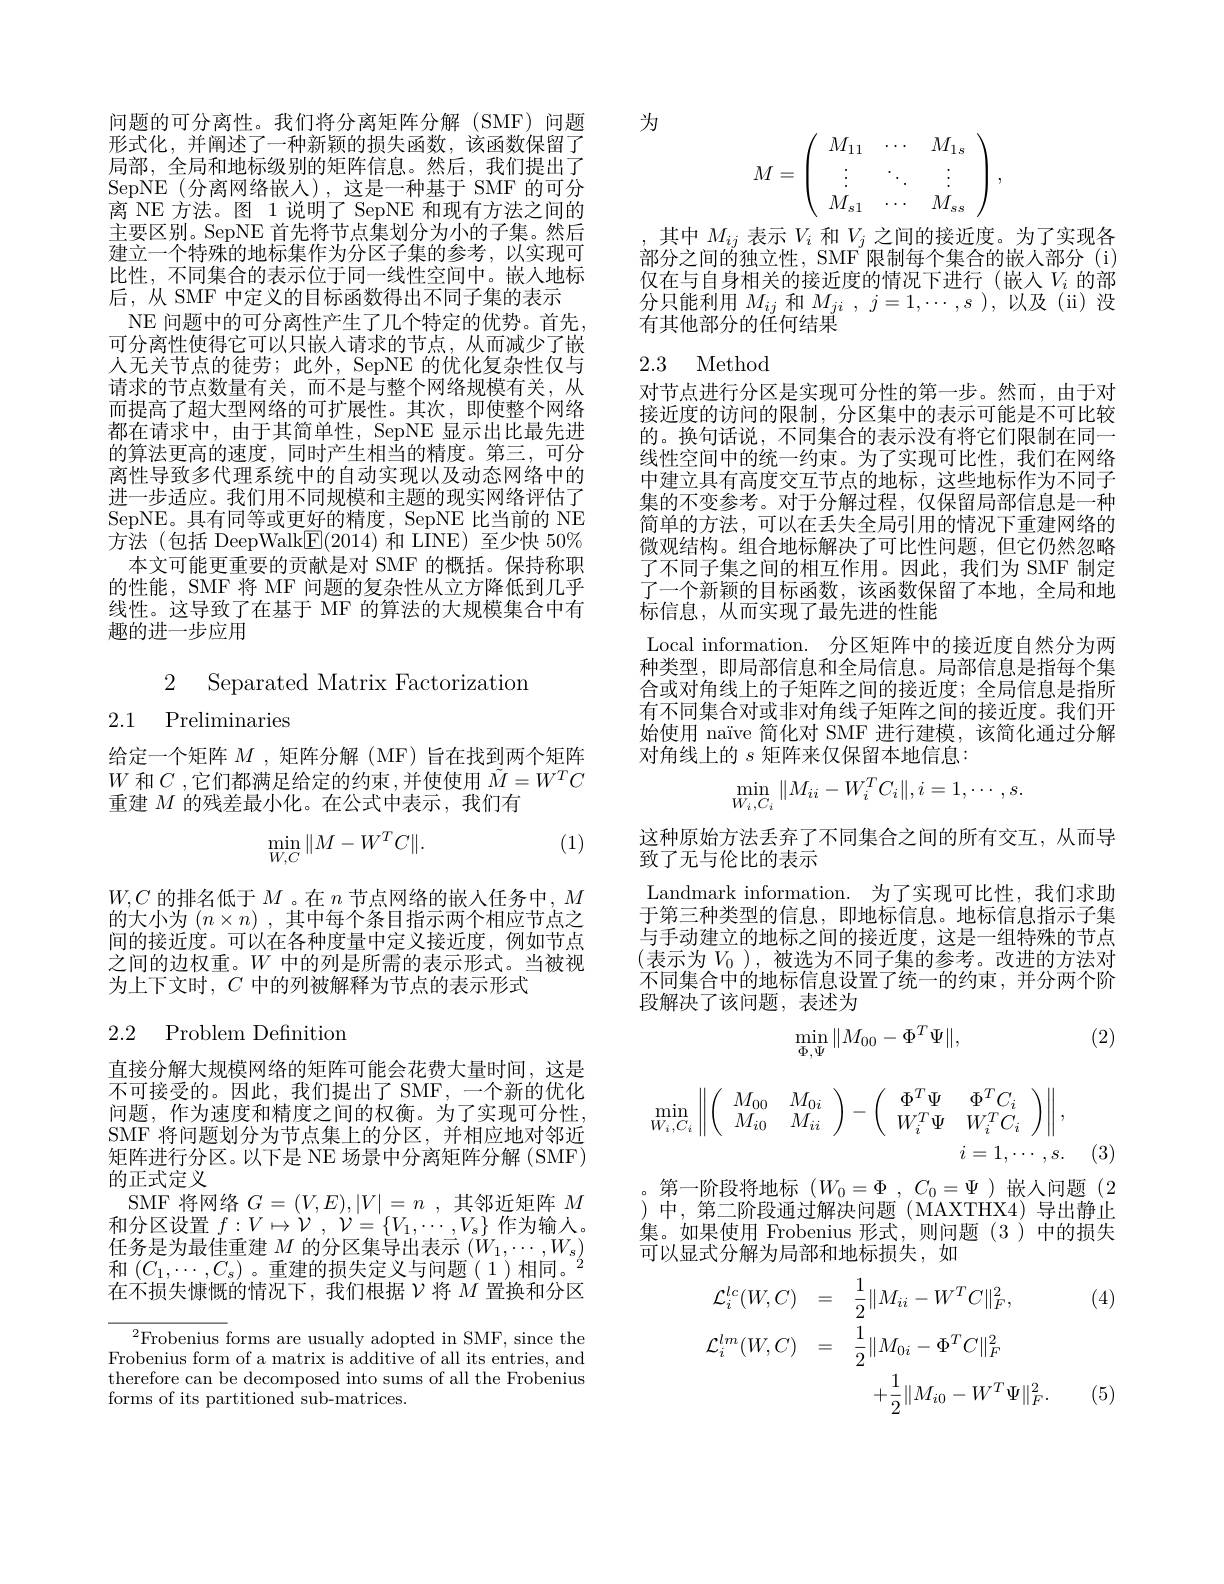
形式化，并阐述了一种新颖的损失函数，该函数保留了局部，全局和地标级别的矩阵信息。然后，我们提出了SepNE(分离网络嵌入),这是一种基于 SMF 的可分离 NE 方法。图 1 说明了 SepNE 和现有方法之间的主要区别。SepNE 首先将节点集划分为小的子集。然后建立一个特殊的地标集作为分区子集的参考，以实现可比性，不同集合的表示位于同一线性空间中。嵌人地标后，从 SMF 中定义的目标函数得出不同子集的表示
NE 问题中的可分离性产生了几个特定的优势。首先， 可分离性使得它可以只嵌入请求的节点，从而减少了嵌人无关节点的徒劳；此外，SepNE 的优化复杂性仅与请求的节点数量有关，而不是与整个网络规模有关，从而提高了超大型网络的可扩展性。其次，即使整个网络都在请求中，由于其简单性，SepNE 显示出比最先进的算法更高的速度，同时产生相当的精度。第三，可分离性导致多代理系统中的自动实现以及动态网络中的进一步适应。我们用不同规模和主题的现实网络评估了SepNE。具有同等或更好的精度，SepNE 比当前的 NE 方法(包括 DeepWalk$\underline{\mathrm{E}}(2014)$和 LINE)至少快 50%
本文可能更重要的贡献是对 SMF 的概括。保持称职的性能，SMF 将 MF 问题的复杂性从立方降低到几乎线性。这导致了在基于 MF 的算法的大规模集合中有趣的进一步应用

2 Separated Matrix Factorizatiom
# 2.1 Preliminaries

给定一个矩阵$M$ ,矩阵分解 (MF)旨在找到两个矩阵$W$和$C$ ,它们都满足给定的约束，并使使用$\tilde{M}=W^TC$ 重建$M$的残差最小化。在公式中表示，我们有

(1)
$$\begin{aligned}\min_{W,C}\|M-W^TC\|.\end{aligned}$$
$W,C$的排名低于$M$ 。在$n$节点网络的嵌人任务中，$M$ 的大小为$( n\times n)$ ,其中每个条目指示两个相应节点之间的接近度。可以在各种度量中定义接近度，例如节点之间的边权重。$W$中的列是所需的表示形式。当被视为上下文时，$C$中的列被解释为节点的表示形式

## 2.2 Problem Definition

直接分解大规模网络的矩阵可能会花费大量时间，这是不可接受的。因此，我们提出了 SMF,一个新的优化问题，作为速度和精度之间的权衡。为了实现可分性， SMF 将问题划分为节点集上的分区，并相应地对邻近矩阵进行分区。以下是 NE 场景中分离矩阵分解 (SMF) 的正式定义
SMF 将网络$G=(V,E),|V|=n$ ,其邻近矩阵$M$ 和分区设置$f: V\mapsto \mathcal{V}$ , $\mathcal{V} = \{ V_{1}, \cdots , V_{s}\}$作为输入。任务是为最佳重建$M$的分区集导出表示$(\dot{W}_1,\cdots,W_s)$ 和$(C_{1},\cdots,C_{s})$ 。重建的损失定义与问题(1)相同。
在不损失慷慨的情况下，我们根据$\nu$将$M$ 置换和分区

$^2$Frobenius forms are usually adopted in SMF, since the Frobenius form of a matrix is additive of all its entries, and therefore can be decomposed into sums of all the Frobenius forms of its partitioned sub-matrices.

问题的可分离性。我们将分离矩阵分解(SMF)问题 为
$$\left.M=\left(\begin{array}{ccc}M_{11}&\cdots&M_{1s}\\\vdots&\ddots&\vdots\\M_{s1}&\cdots&M_{ss}\end{array}\right.\right),$$
其中$M_{ij}$表示$V_i$和$V_j$之间的接近度。为了实现各部分之间的独立性，SMF 限制每个集合的嵌人部分 (i) 仅在与自身相关的接近度的情况下进行(嵌入$V_i$ 的部分只能利用$M_{ij}$和$M_{ji},j=1,\cdots,s)$,以及(ii)没有其他部分的任何结果

## 2.3 Method

对节点进行分区是实现可分性的第一步。然而，由于对接近度的访问的限制，分区集中的表示可能是不可比较的。换句话说，不同集合的表示没有将它们限制在同一线性空间中的统一约束。为了实现可比性，我们在网络中建立具有高度交互节点的地标，这些地标作为不同子集的不变参考。对于分解过程，仅保留局部信息是一种简单的方法，可以在丢失全局引用的情况下重建网络的微观结构。组合地标解决了可比性问题，但它仍然忽略了不同子集之间的相互作用。因此，我们为 SMF 制定了一个新颖的目标函数，该函数保留了本地，全局和地标信息，从而实现了最先进的性能
Local information. 分区矩阵中的接近度自然分为两种类型，即局部信息和全局信息。局部信息是指每个集合或对角线上的子矩阵之间的接近度；全局信息是指所有不同集合对或非对角线子矩阵之间的接近度。我们开始使用 naïve 简化对 SMF 进行建模，该简化通过分解对角线上的$s$矩阵来仅保留本地信息：
$$\min\limits_{W_i,C_i}\|M_{ii}-W_i^TC_i\|,i=1,\cdots,s.$$
这种原始方法丢弃了不同集合之间的所有交互，从而导
致了无与伦比的表示

Landmark information. 为了实现可比性，我们求助于第三种类型的信息，即地标信息。地标信息指示子集与手动建立的地标之间的接近度，这是一组特殊的节点(表示为$V_0$ ),被选为不同子集的参考。改进的方法对不同集合中的地标信息设置了统一的约束，并分两个阶段解决了该问题，表述为

(2)
$$\min_{\Phi,\Psi}\|M_{00}-\Phi^T\Psi\|,$$
$$\min_{W_i,C_i}\left\|\left(\begin{array}{cc}M_{00}&M_{0i}\\M_{i0}&M_{ii}\end{array}\right)-\left(\begin{array}{cc}\Phi^T\Psi&\Phi^TC_i\\W_i^T\Psi&W_i^TC_i\end{array}\right)\right\|,\\i=1,\cdots,s.$$
(3)

第一阶段将地标$( W_0= \Phi$ , $C_0= \Psi$ )嵌入问题 (2 )中，第二阶段通过解决问题(MAXTHX4)导出静止集。如果使用 Frobenius 形式，则问题(3)中的损失可以显式分解为局部和地标损失，如

(4)
$$\begin{aligned}\mathcal{L}_{i}^{lc}(W,C)&=\quad\frac{1}{2}\|M_{ii}-W^{T}C\|_{F}^{2},\\\mathcal{L}_{i}^{lm}(W,C)&=\quad\frac{1}{2}\|M_{0i}-\Phi^{T}C\|_{F}^{2}\\&+\frac{1}{2}\|M_{i0}-W^{T}\Psi\|_{F}^{2}.\end{aligned}$$
(5)